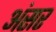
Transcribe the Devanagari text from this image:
अंसर